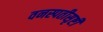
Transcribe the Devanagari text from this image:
वनस्पतीसृष्टी